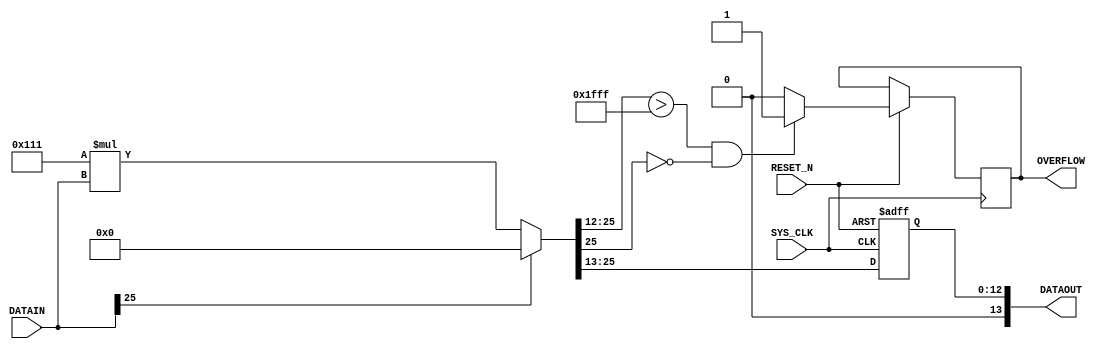
//--- stage 1 - get delta signal 

module STAGE4  
(
	input SYS_CLK  , 
	input RESET_N ,
	input signed[25:0] DATAIN, 
	output reg signed [13:0] DATAOUT,
	output reg OVERFLOW
);

wire signed [31:0] support_product;

//------temp tranform 
//parameter multi_na_inv = 41;//2^10*0.04 = 40.96 = 41              2^16/150 = 2^16*0.0067 = 436.9
//parameter multi_na_inv = 11;//2^12*(1/375) = 10.9 = 11
parameter multi_na_inv = 273;//2^13*(1/30) = 273 = 273

initial 
begin
	OVERFLOW = 1'b0;
	DATAOUT = 1'b0;
end

assign support_product = (DATAIN[25]==1'b0)? multi_na_inv*DATAIN:1'b0;//PRE_DATA;

always @(negedge RESET_N or posedge SYS_CLK)
begin
	if (!RESET_N ) begin
		DATAOUT	<= 1'b0;
	end
	else begin
		DATAOUT <= support_product[25:13];
		if(support_product[25:12]>14'd8191 && !support_product[25]) OVERFLOW <= 1'b1;
		//else if(support_product[29:10]<=1'b0) DATAOUT <= 1'b0;
		else OVERFLOW <= 1'b0;
		//PRE_DATA <= DATAIN;
	end
end


endmodule